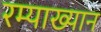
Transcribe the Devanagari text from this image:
रम्याख्यान